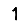
Digit: 1